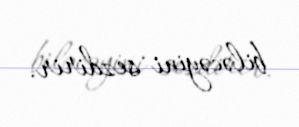
biləcəyini sezdirir.